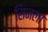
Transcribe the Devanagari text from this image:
सिनला